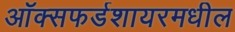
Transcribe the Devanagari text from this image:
ऑक्सफर्डशायरमधील